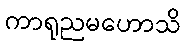
ကာရုညမဟောသိ